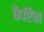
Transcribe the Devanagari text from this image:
कैप्टिवा